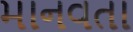
માનવતા